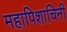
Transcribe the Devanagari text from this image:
महापिशाचिनी